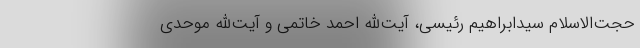
حجت‌الاسلام سیدابراهیم رئیسی، آیت‌الله احمد خاتمی و آیت‌الله موحدی